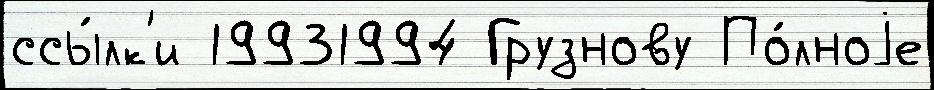
ссы́лк'и 19931994 Грузнову По́лноjе